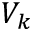
V _ { k }